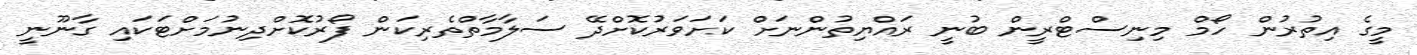
މީގެ އިތުރުން ހޯމް މިނިސްޓްރީން ބުނީ ރައްޔިތުންނަށް ކަށަވަރުކޮށްދޭ ސަލާމާތްތެރިކަން ފޯރުކޮށްދިނުމަށްޓަކައި ގާނޫނީ